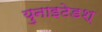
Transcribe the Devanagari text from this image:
युनाइटेडश्